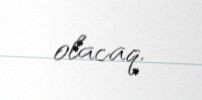
olacaq.